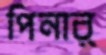
পিনার্